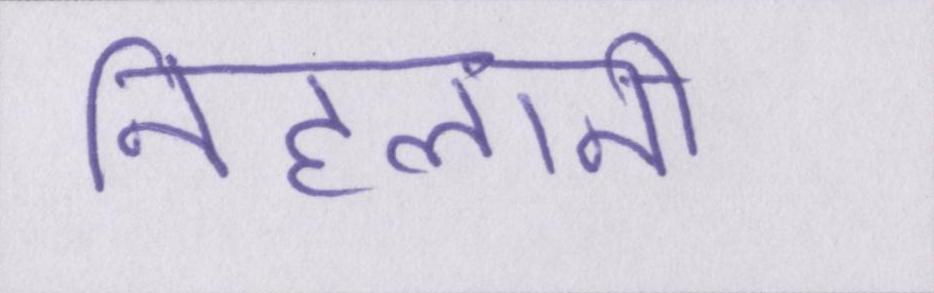
निहलानी